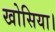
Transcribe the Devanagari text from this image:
खोसिया।